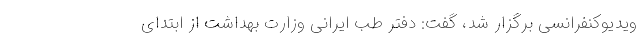
ویدیوکنفرانسی برگزار شد، گفت: دفتر طب ایرانی وزارت بهداشت از ابتدای